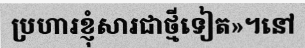
ប្រហារខ្ញុំសារជាថ្មីទៀត»។នៅ